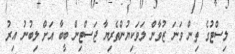
ލިސްޓުގެ ތިން ވަނަ ޒުވާން ލަވަކިޔުންތެރިޔާ ޖަސްޓިން ބީބާ އަށް ލިބުނު އިރު